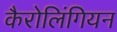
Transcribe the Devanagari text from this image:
कैरोलिंगियन